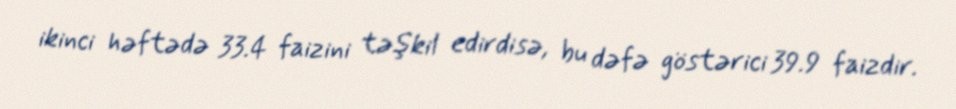
ikinci həftədə 33.4 faizini təşkil edirdisə, bu dəfə göstərici 39.9 faizdir.